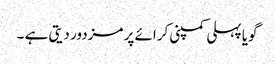
گویا پہلی کمپنی کرائے پر مزدور دیتی ہے ۔